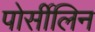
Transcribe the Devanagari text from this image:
पोर्सीलिन